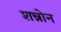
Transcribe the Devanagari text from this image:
शन्नोन